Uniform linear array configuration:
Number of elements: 24
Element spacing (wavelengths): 0.75
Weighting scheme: kaiser
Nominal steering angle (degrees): -15
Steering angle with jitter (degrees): -13.915
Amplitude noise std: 0.05
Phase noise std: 0.05

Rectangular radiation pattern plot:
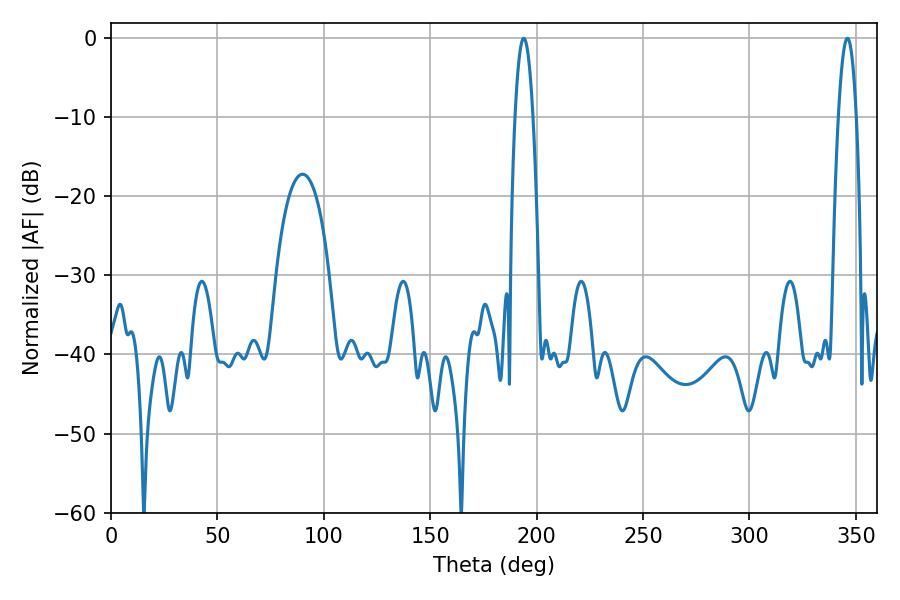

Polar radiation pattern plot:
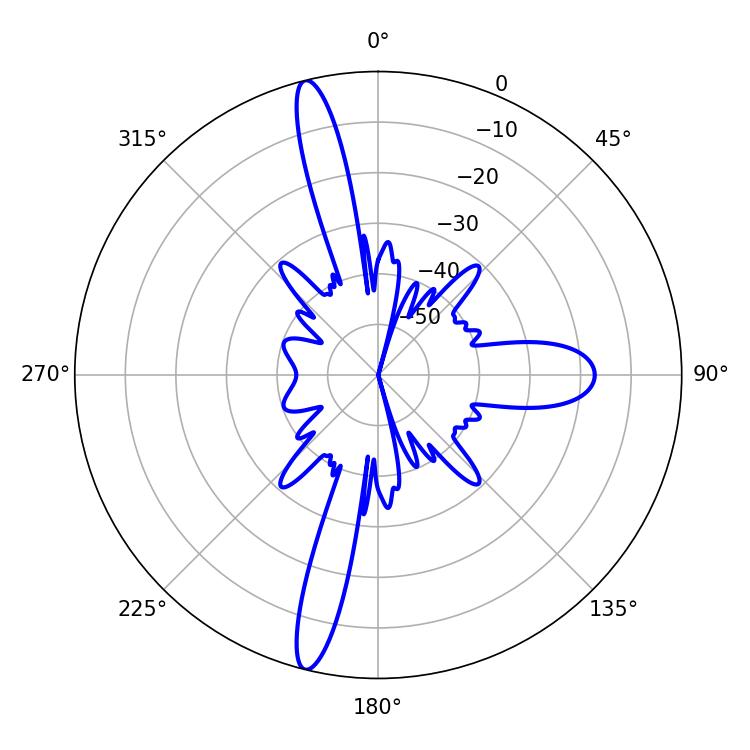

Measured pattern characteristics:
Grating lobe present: TRUE
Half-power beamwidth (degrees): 4.5
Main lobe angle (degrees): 194.04